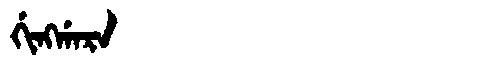
Manchu: ᡤᡳᠩᡤᠠᡵᠠ
Romanization: GINGGARA